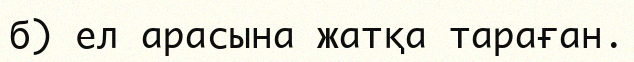
б) ел арасына жатқа тараған.